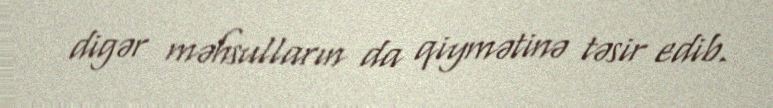
digər məhsulların da qiymətinə təsir edib.